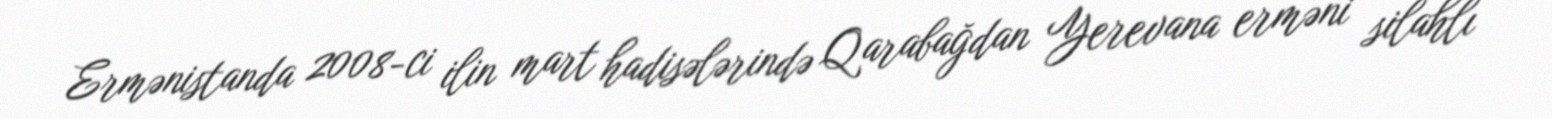
Ermənistanda 2008-ci ilin mart hadisələrində Qarabağdan Yerevana erməni silahlı